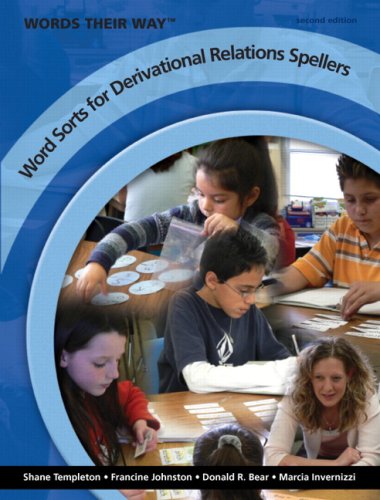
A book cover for Words Their Way: Word Sorts for Derivational Relations Spellers, 2nd Edition; Shane Templeton; Education & Teaching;